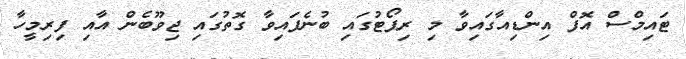
ޓައިމްސް އޮފް އިންޑިއާގައިވާ މި ރިޕޯޓުގައި ބުނެފައިވާ ގޮތުގައި ޖިވޫބެން އާއި ފިރިމީހާ